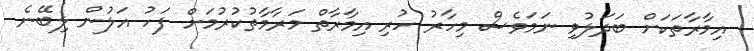
އިމާރާތަކަށް ބަދަލުވި ނަމަވެސް މިހާރު ހުރި އިމާރާތް މަރާމާތުކުރުމަށް ފަހު އަލުން ލިބޭނެ